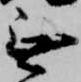
無